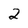
Character: 2